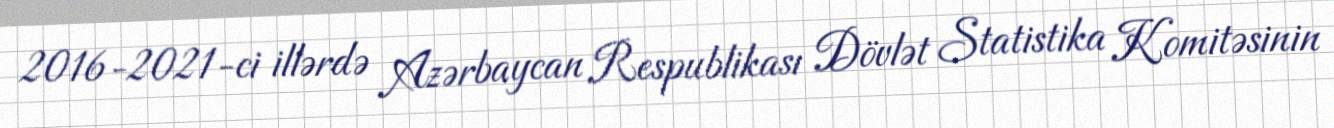
2016-2021-ci illərdə Azərbaycan Respublikası Dövlət Statistika Komitəsinin